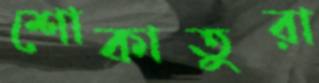
শোকাতুরা